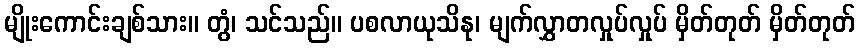
မျိုးကောင်းချစ်သား။ တွံ၊ သင်သည်။ ပစလာယုသိနု၊ မျက်လွှာတလှုပ်လှုပ် မှိတ်တုတ် မှိတ်တုတ်